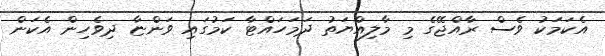
އެކަމަކު ވެސް ރާއްޖޭގެ މި މާލިއްޔަތު ދަމަހައްޓާ ކަމުގައި ވަންޏާ ދިވެހިން އެކަން